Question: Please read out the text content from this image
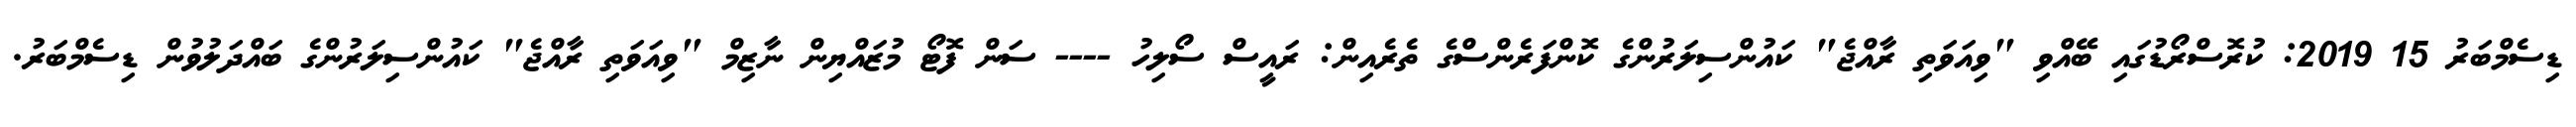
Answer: ޑިސެމްބަރު 15 2019: ކުރޮސްރޯޑުގައި ބޭއްވި "ވިއަވަތި ރާއްޖެ" ކައުންސިލަރުންގެ ކޮންފަރެންސްގެ ތެރެއިން: ރައީސް ސޯލިހު ---- ސަން ފޮޓޯ މުޒައްޔިން ނާޒިމް "ވިއަވަތި ރާއްޖެ" ކައުންސިލަރުންގެ ބައްދަލުވުން ޑިސެމްބަރު.